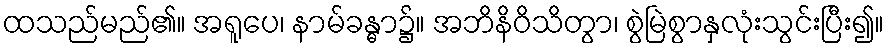
ထသည်မည်၏။ အရူပေ၊ နာမ်ခန္ဓာ၌။ အဘိနိဝိသိတွာ၊ စွဲမြဲစွာနှလုံးသွင်းပြီး၍။